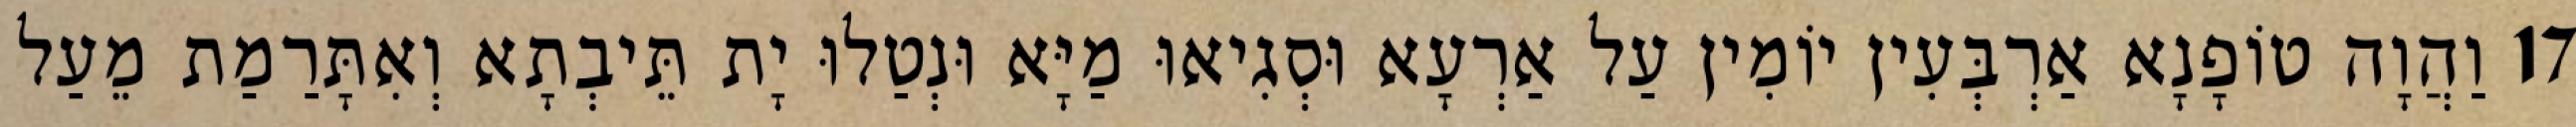
17 וַהֲוָה טוֹפָנָא אַרְבְּעִין יוֹמִין עַל אַרְעָא וּסְגִיאוּ מַיָּא וּנְטַלוּ יָת תֵּיבְתָא וְאִתָּרַמַת מֵעַל